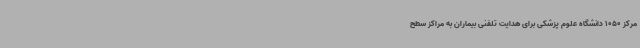
مرکز 1050 دانشگاه علوم پزشکی برای هدایت تلفنی بیماران به مراکز سطح